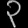
Digit: ၃